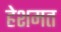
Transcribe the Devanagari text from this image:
हेशमत